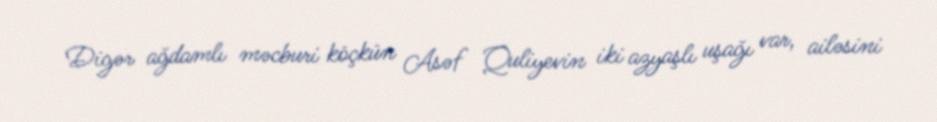
Digər ağdamlı məcburi köçkün Asəf Quliyevin iki azyaşlı uşağı var, ailəsini